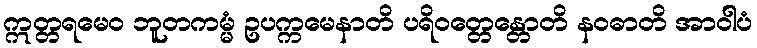
ဣတ္တရမေဝ ဘူတကမ္မံ ဥပက္ကမေနာတိ ပရိဝတ္တေန္တောတိ နဝဓာတိ အာဝါပံ